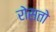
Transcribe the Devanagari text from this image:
रोसतो